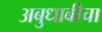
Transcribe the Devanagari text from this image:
अबुधाबीचा